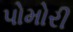
પોમોરી